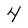
Character: 4